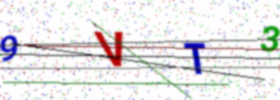
Text: 9VT3